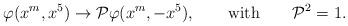
LaTeX: \begin{align*}\varphi(x^m,x^5)\to{\cal P}\varphi(x^m,-x^5),\qquad \mbox{with}\qquad {\cal P}^2=1.\end{align*}